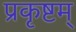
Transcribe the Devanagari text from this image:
प्रकृष्टम्